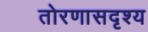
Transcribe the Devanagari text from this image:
तोरणासदृश्य